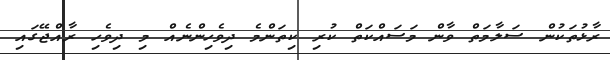
ރާޅުތަކުން ސަލާމަތް ވާން މަސައްކަތް ކުރި ކިތަންމެ ދިވެހިންނެއް މި ދިވެހި ރާއްޖޭގައި